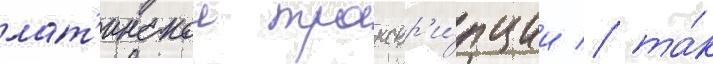
лат'инскои транскр'и́пции / та́к